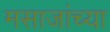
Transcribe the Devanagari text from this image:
मसाजांच्या